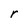
Character: r